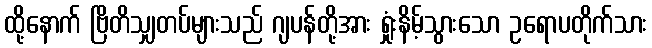
ထို့နောက် ဗြိတိသျှတပ်များသည် ဂျပန်တို့အား ရှုံးနိမ့်သွားသော ဥရောပတိုက်သား